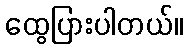
ထွေပြားပါတယ်။